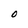
Character: 0